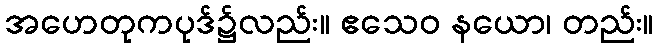
အဟေတုကပုဒ်၌လည်း။ ဧသေဝ နယော၊ တည်း။